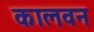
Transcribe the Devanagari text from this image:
कालवन